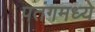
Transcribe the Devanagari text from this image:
पतंगमध्ये